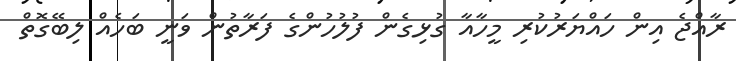
ރާއްޖެ އިން ހައްޔަރުކުރި މީހާއާ ގުޅިގެން ފުލުހުންގެ ފަރާތުން ވަނީ ބަހެއް ލިބޭގޮތް